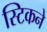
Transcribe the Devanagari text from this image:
स्टिकने